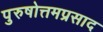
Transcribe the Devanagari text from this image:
पुरुषोत्तमप्रसाद